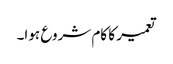
تعمیر کا کام شروع ہوا۔